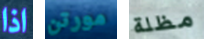
اذا مورتن مظلة